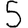
Digit: 5